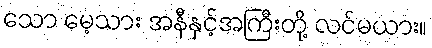
သော မေ့သား အနီနှင့်အကြီးတို့ လင်မယား။